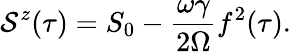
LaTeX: \mathcal{S}^{z}(\tau)=S_{0}-\frac{\omega\gamma}{2\Omega}f^{2}(\tau).